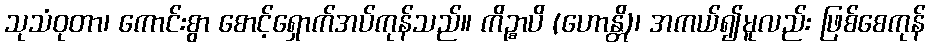
သုသံဝုတာ၊ ကောင်းစွာ စောင့်ရှောက်အပ်ကုန်သည်။ ကိဉ္စာပိ (ဟောန္တိ)၊ အကယ်၍မူလည်း ဖြစ်စေကုန်